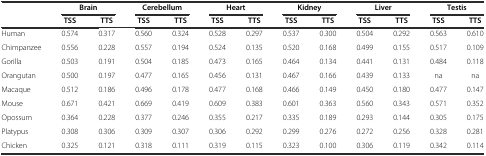
<table><thead><tr><td></td><td colspan="2"><b>Brain</b></td><td colspan="2"><b>Cerebellum</b></td><td colspan="2"><b>Heart</b></td><td colspan="2"><b>Kidney</b></td><td colspan="2"><b>Liver</b></td><td colspan="2"><b>Testis</b></td></tr><tr><td></td><td><b>TSS</b></td><td><b>TTS</b></td><td><b>TSS</b></td><td><b>TTS</b></td><td><b>TSS</b></td><td><b>TTS</b></td><td><b>TSS</b></td><td><b>TTS</b></td><td><b>TSS</b></td><td><b>TTS</b></td><td><b>TSS</b></td><td><b>TTS</b></td></tr></thead><tbody><tr><td>Human</td><td>0.574</td><td>0.317</td><td>0.560</td><td>0.324</td><td>0.528</td><td>0.297</td><td>0.537</td><td>0.300</td><td>0.504</td><td>0.292</td><td>0.563</td><td>0.610</td></tr><tr><td>Chimpanzee</td><td>0.556</td><td>0.228</td><td>0.557</td><td>0.194</td><td>0.524</td><td>0.135</td><td>0.520</td><td>0.168</td><td>0.499</td><td>0.155</td><td>0.517</td><td>0.109</td></tr><tr><td>Gorilla</td><td>0.503</td><td>0.191</td><td>0.504</td><td>0.185</td><td>0.473</td><td>0.165</td><td>0.464</td><td>0.134</td><td>0.441</td><td>0.131</td><td>0.484</td><td>0.118</td></tr><tr><td>Orangutan</td><td>0.500</td><td>0.197</td><td>0.477</td><td>0.165</td><td>0.456</td><td>0.131</td><td>0.467</td><td>0.166</td><td>0.439</td><td>0.133</td><td>na</td><td>na</td></tr><tr><td>Macaque</td><td>0.512</td><td>0.186</td><td>0.496</td><td>0.178</td><td>0.477</td><td>0.168</td><td>0.466</td><td>0.149</td><td>0.450</td><td>0.180</td><td>0.477</td><td>0.147</td></tr><tr><td>Mouse</td><td>0.671</td><td>0.421</td><td>0.669</td><td>0.419</td><td>0.609</td><td>0.383</td><td>0.601</td><td>0.363</td><td>0.560</td><td>0.343</td><td>0.571</td><td>0.352</td></tr><tr><td>Opossum</td><td>0.364</td><td>0.228</td><td>0.377</td><td>0.246</td><td>0.355</td><td>0.217</td><td>0.335</td><td>0.189</td><td>0.293</td><td>0.144</td><td>0.305</td><td>0.175</td></tr><tr><td>Platypus</td><td>0.308</td><td>0.306</td><td>0.309</td><td>0.307</td><td>0.306</td><td>0.292</td><td>0.299</td><td>0.276</td><td>0.272</td><td>0.256</td><td>0.328</td><td>0.281</td></tr><tr><td>Chicken</td><td>0.325</td><td>0.121</td><td>0.318</td><td>0.111</td><td>0.319</td><td>0.115</td><td>0.323</td><td>0.100</td><td>0.306</td><td>0.119</td><td>0.342</td><td>0.114</td></tr></tbody></table>